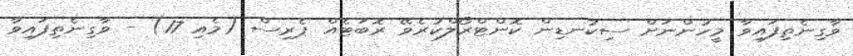
ވާގިނެތިފައިވާ މީހުންނަށް ސިކުނޑިން ކޮންޓްރޯލްކުރެވޭ ރޮބަޓެއް ޕެރިސް (މެއި 17) - ވާގިނެތިފައިވާ